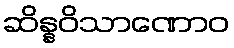
ဆိန္နဝိသာဏောဝ